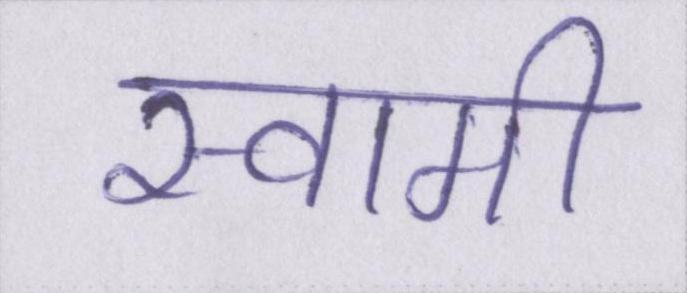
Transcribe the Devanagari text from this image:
स्वामी